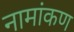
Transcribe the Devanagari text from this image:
नामांकण